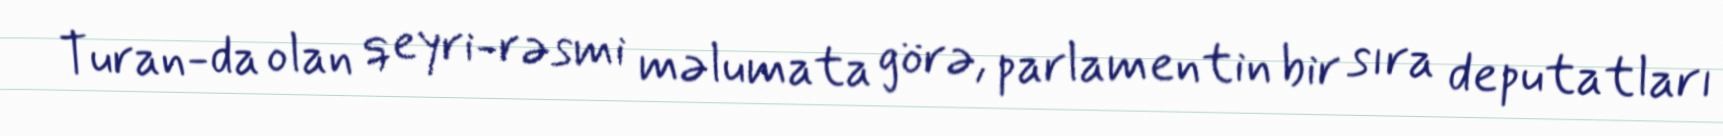
Turan-da olan qeyri-rəsmi məlumata görə, parlamentin bir sıra deputatları